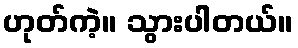
ဟုတ်ကဲ့။ သွားပါတယ်။